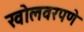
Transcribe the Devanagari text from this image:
खोलवरपणे